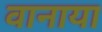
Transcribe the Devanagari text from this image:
वानाया